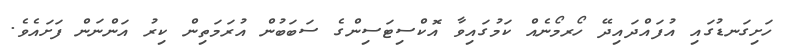
ހަށިގަނޑުގައި އުފައްދައިދޭ ހޯރމޯނެއް ކަމުގައިވާ އޮކްސިޓަސިންގެ ސަބަބުން އުރަމަތިން ކިރު އަންނަން ފަށައެވެ.